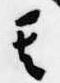
其